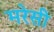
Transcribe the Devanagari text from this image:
मरेसी